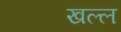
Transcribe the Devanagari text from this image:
खल्ल